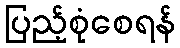
ပြည့်စုံစေရန်